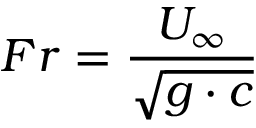
F r = \frac { U _ { \infty } } { \sqrt { g \cdot { c } } }